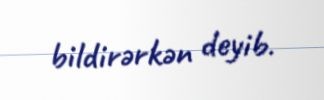
bildirərkən deyib.